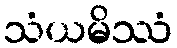
သံယမိဿံ